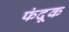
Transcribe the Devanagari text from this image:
फंदूक